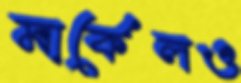
মার্কেলও